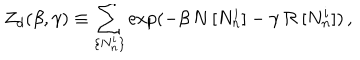
Z _ { d } ( \beta , \gamma ) \equiv \sum _ { \{ N _ { n } ^ { i } \} } \exp ( - \beta \, N \, [ N _ { n } ^ { i } ] - \gamma \, { \cal R } \, [ N _ { n } ^ { i } ] ) \, ,